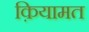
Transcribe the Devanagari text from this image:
क़ियामत